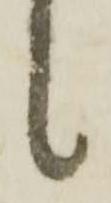
候